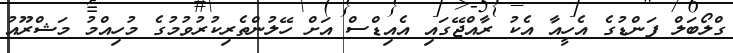
ގްލޯބަލް ފަންޑުގެ އެހީއާ އެކު ރާއްޖޭގައި އެއިޑްސް އަށް ހޭލުންތެރިކުރުވުމުގެ މުހިއްމު މަޝްރޫއު